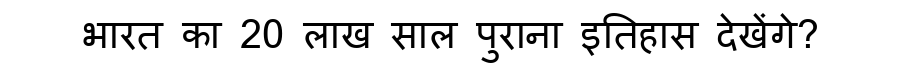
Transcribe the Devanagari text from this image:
भारत का 20 लाख साल पुराना इतिहास देखेंगे?